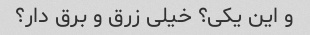
و این یکی؟ خیلی زرق و برق دار؟